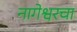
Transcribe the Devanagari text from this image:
नागेश्वरचा